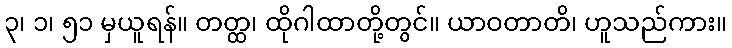
၃၊ ၁၊ ၅၁ မှယူရန်။ တတ္ထ၊ ထိုဂါထာတို့တွင်။ ယာဝတာတိ၊ ဟူသည်ကား။